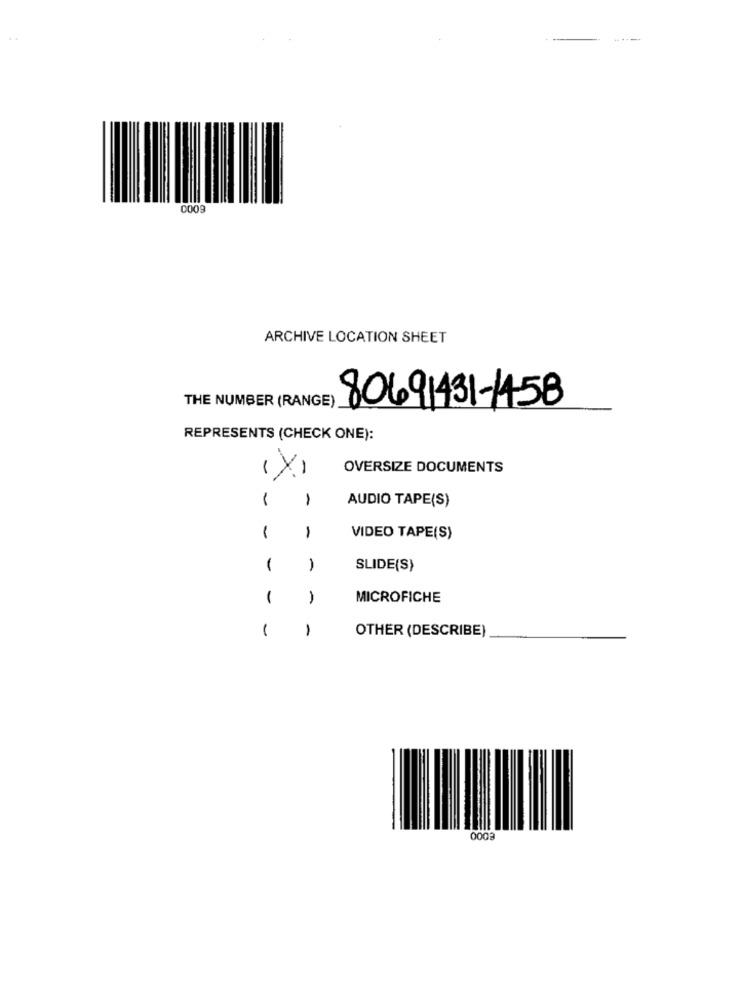
.-
0009
ARCHIVE LOCATION SHEET
THE NUMBER (RANGE)
80691431-1458
REPRESENTS (CHECK ONE):
(X)
OVERSIZE DOCUMENTS
1
1
AUDIO TAPE(S)
-
1
VIDEO TAPE(S)
1
1
SLIDE(S)
1
1
MICROFICHE
1
1
OTHER (DESCRIBE)
0003